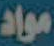
مواد